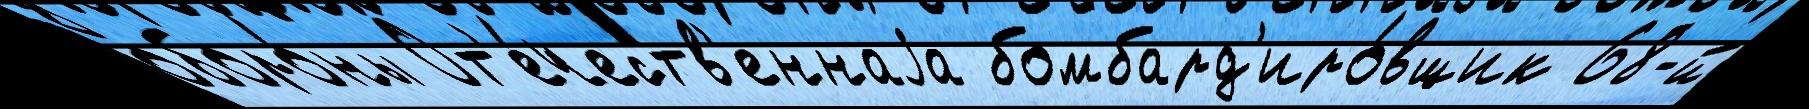
оборо́ны От'е́честв'еннаjа бомбард'иро́вщик 68-й